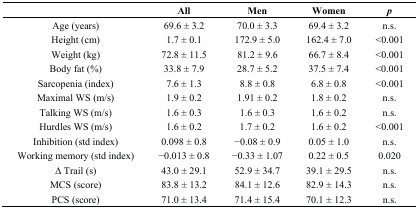
|  | All | Men | Women | p |
 | --- | --- | --- | --- | --- |
 | Age (years) | 69.6 ± 3.2 | 70.0 ± 3.3 | 69.4 ± 3.2 | n.s. |
 | Height (cm) | 1.7 ± 0.1 | 172.9 ± 5.0 | 162.4 ± 7.0 | <0.001 |
 | Weight (kg) | 72.8 ± 11.5 | 81.2 ± 9.6 | 66.7 ± 8.4 | <0.001 |
 | Body fat (%) | 33.8 ± 7.9 | 28.7 ± 5.2 | 37.5 ± 7.4 | <0.001 |
 | Sarcopenia (index) | 7.6 ± 1.3 | 8.8 ± 0.8 | 6.8 ± 0.8 | <0.001 |
 | Maximal WS (m/s) | 1.9 ± 0.2 | 1.91 ± 0.2 | 1.8 ± 0.2 | n.s. |
 | Talking WS (m/s) | 1.6 ± 0.3 | 1.6 ± 0.3 | 1.6 ± 0.2 | n.s. |
 | Hurdles WS (m/s) | 1.6 ± 0.2 | 1.7 ± 0.2 | 1.6 ± 0.2 | <0.001 |
 | Inhibition (std index) | 0.098 ± 0.8 | −0.08 ± 0.9 | 0.05 ± 1.0 | n.s. |
 | Working memory (std index) | −0.013 ± 0.8 | −0.33 ± 1.07 | 0.22 ± 0.5 | 0.020 |
 | Δ Trail (s) | 43.0 ± 29.1 | 52.9 ± 34.7 | 39.1 ± 29.5 | n.s. |
 | MCS (score) | 83.8 ± 13.2 | 84.1 ± 12.6 | 82.9 ± 14.3 | n.s. |
 | PCS (score) | 71.0 ± 13.4 | 71.4 ± 15.4 | 70.1 ± 12.3 | n.s. |